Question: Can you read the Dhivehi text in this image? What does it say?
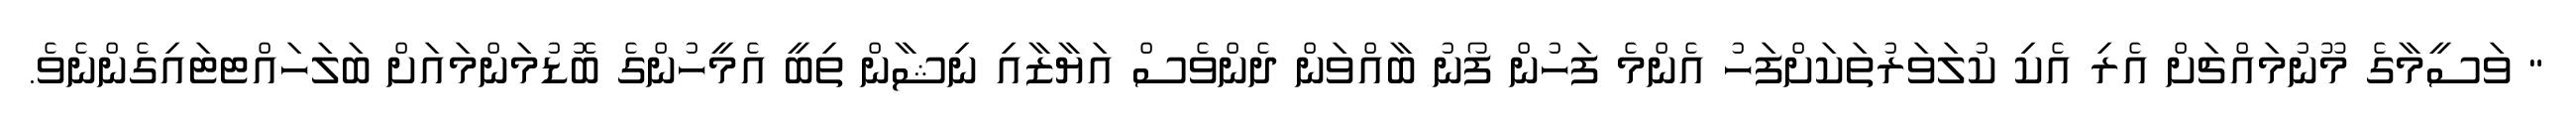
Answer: " ވަސީމާގެ މޫނުމައްޗަށް އެރި އެކި ކުލަވަރުތަކަށްފަހު އެންމެ ފަހުން ފޯނު ބާއްވަން ދެންވެސް އަޔާޒާއި ނިޝާން ތިބީ އެމީހުންގެ ބޮޑުމަންމައަށް ބަލަހައްޓޓައިގެންނެވެ.